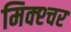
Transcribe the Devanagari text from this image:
मिक्‍श्‍चर